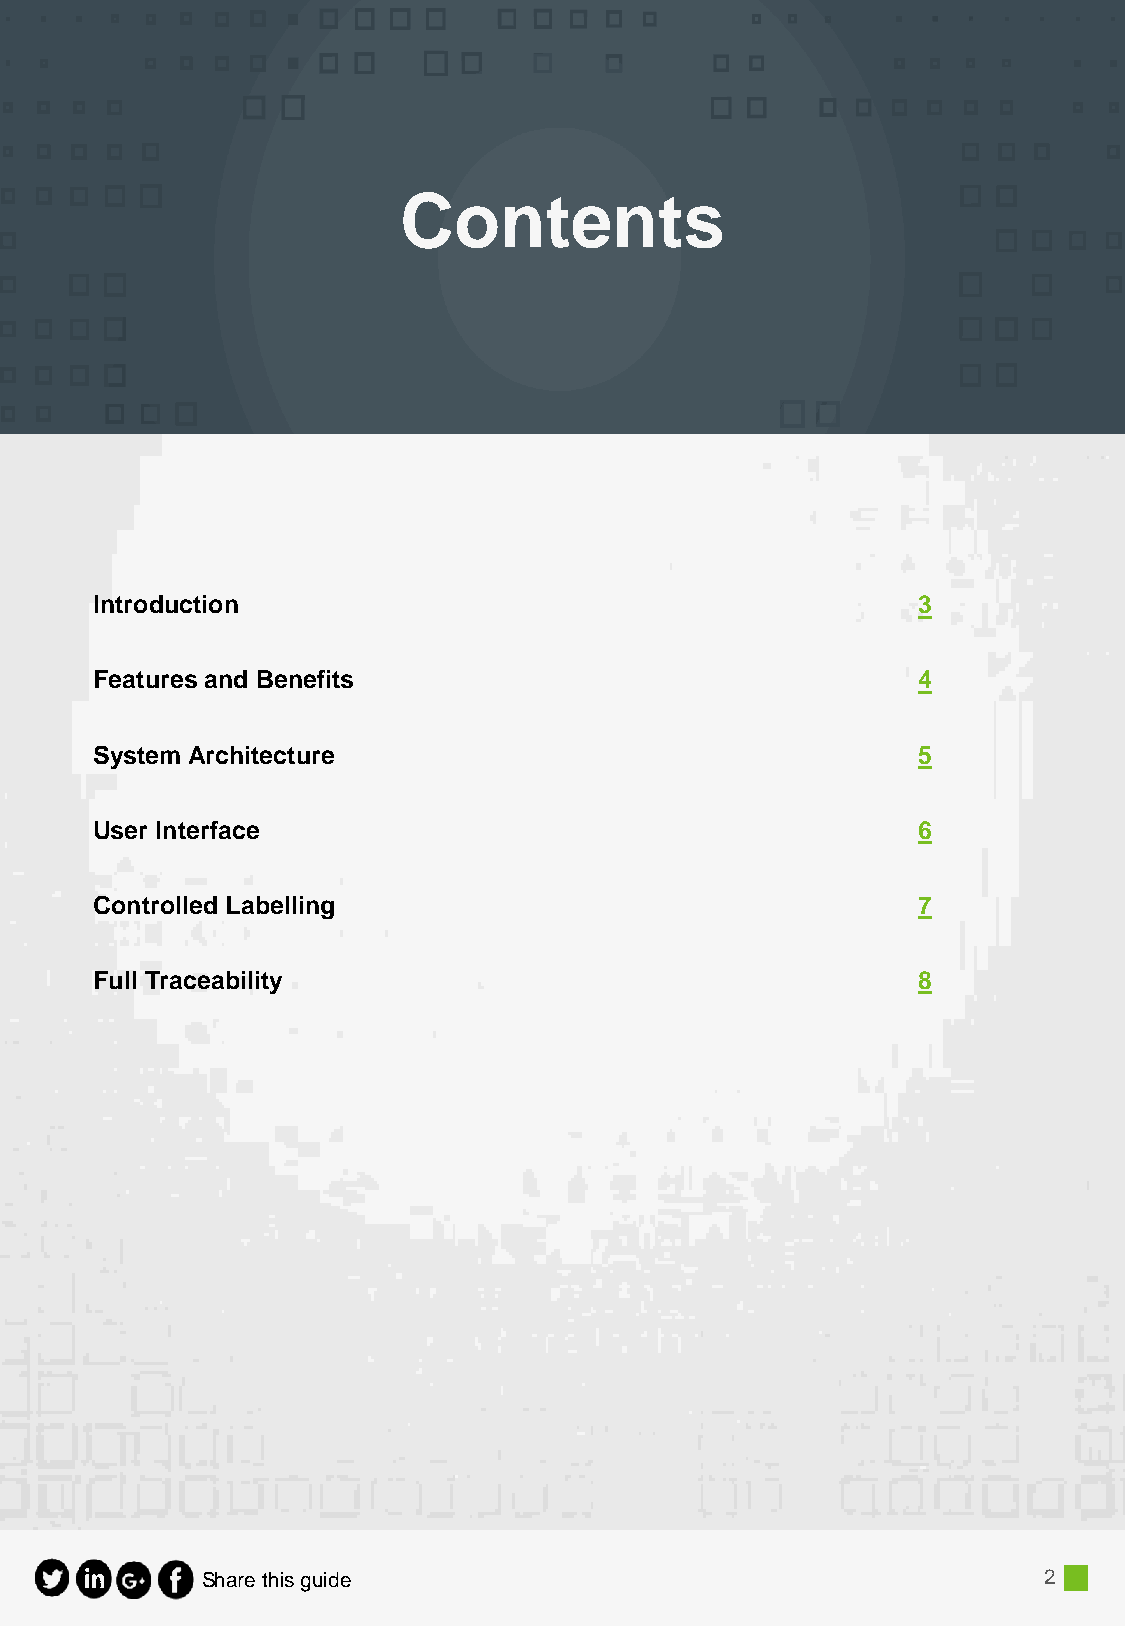
Contents
 Introduction                                           3
 Features and Benefits                                  4
 System Architecture                                    5
 User Interface                                         6
 Controlled Labelling                                   7
 Full Traceability                                      8
 Share this guide                                        2